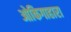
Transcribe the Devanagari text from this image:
ओकिगाहारा